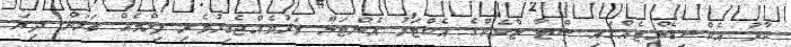
ކާރު އެކްސިޑެންޓެއްގައި ސްޓާ ޓްރެކްގެ އެކްޓަރު އެންޓަން މަރުވެއްޖެބިރުވެރި ފިލްމެއް ބަލަން ދިޔަ